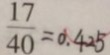
\frac { 1 7 } { 4 0 } = 0 . 4 2 5